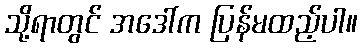
သို့ရာတွင် အဒေါ်က ပြန်မထည့်ပါ။